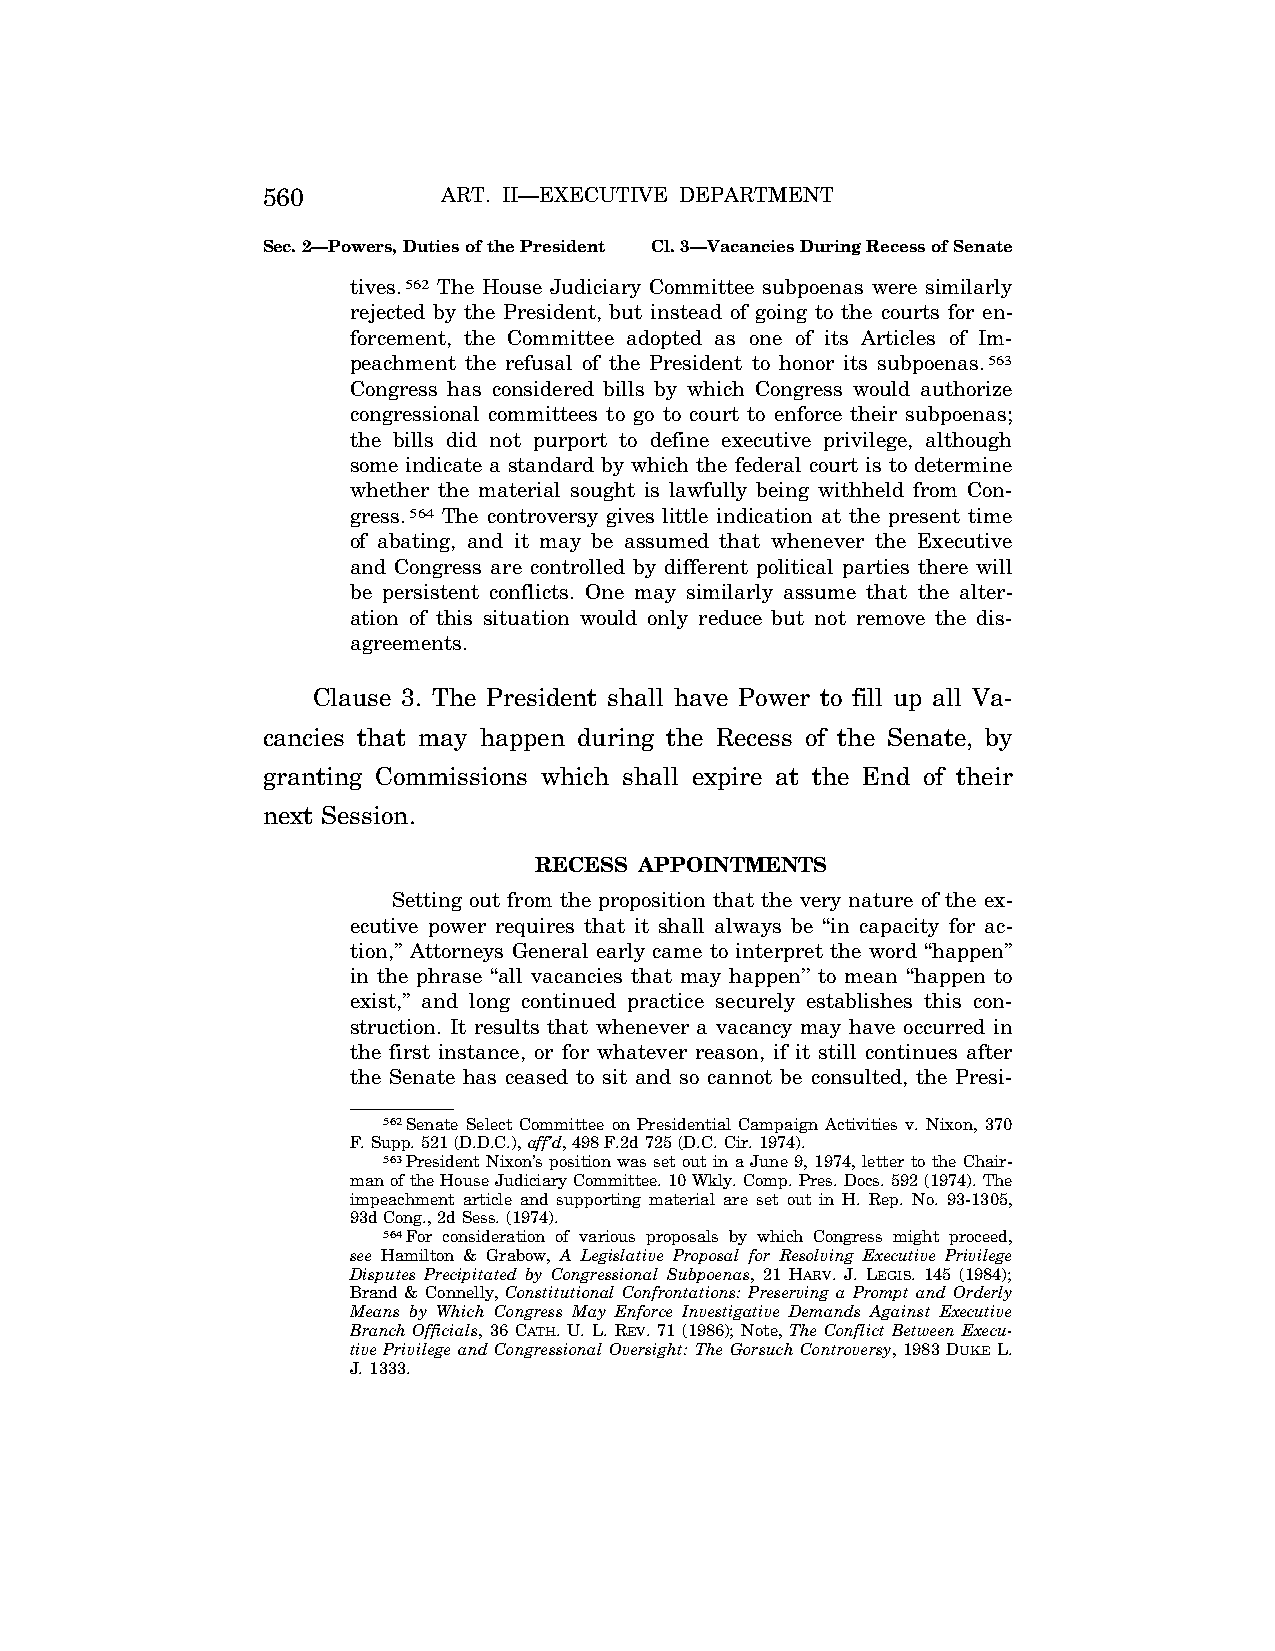
560         ART. II—EXECUTIVE DEPARTMENT
 Sec. 2—Powers, Duties of the President Cl. 3—Vacancies During Recess of Senate
 tives.562 The House Judiciary Committee subpoenas were similarly
 rejected by the President, but instead of going to the courts for en-
 forcement, the Committee adopted as one of its Articles of Im-
 peachment the refusal of the President to honor its subpoenas.563
 Congress has considered bills by which Congress would authorize
 congressional committees to go to court to enforce their subpoenas;
 the bills did not purport to define executive privilege, although
 some indicate a standard by which the federal court is to determine
 whether the material sought is lawfully being withheld from Con-
 gress.564 The controversy gives little indication at the present time
 of abating, and it may be assumed that whenever the Executive
 and Congress are controlled by different political parties there will
 be persistent conflicts. One may similarly assume that the alter-
 ation of this situation would only reduce but not remove the dis-
 agreements.
 Clause 3. The President shall have Power to fill up all Va-
 cancies that may happen during the Recess of the Senate, by
 granting Commissions which shall expire at the End of their
 next Session.
 RECESS APPOINTMENTS
 Setting out from the proposition that the very nature of the ex-
 ecutive power requires that it shall always be ‘‘in capacity for ac-
 tion,’’ Attorneys General early came to interpret the word ‘‘happen’’
 in the phrase ‘‘all vacancies that may happen’’ to mean ‘‘happen to
 exist,’’ and long continued practice securely establishes this con-
 struction. It results that whenever a vacancy may have occurred in
 the first instance, or for whatever reason, if it still continues after
 the Senate has ceased to sit and so cannot be consulted, the Presi-
 562Senate Select Committee on Presidential Campaign Activities v. Nixon, 370
 F. Supp. 521 (D.D.C.), aff’d, 498 F.2d 725 (D.C. Cir. 1974).
 563President Nixon’s position was set out in a June 9, 1974, letter to the Chair-
 man of the House Judiciary Committee. 10 Wkly. Comp. Pres. Docs. 592 (1974). The
 impeachment article and supporting material are set out in H. Rep. No. 93-1305,
 93d Cong., 2d Sess. (1974).
 564For consideration of various proposals by which Congress might proceed,
 see Hamilton & Grabow, A Legislative Proposal for Resolving Executive Privilege
 Disputes Precipitated by Congressional Subpoenas, 21 HARV. J. LEGIS. 145 (1984);
 Brand & Connelly, Constitutional Confrontations: Preserving a Prompt and Orderly
 Means by Which Congress May Enforce Investigative Demands Against Executive
 Branch Officials, 36 CATH. U. L. REV. 71 (1986); Note, The Conflict Between Execu-
 tive Privilege and Congressional Oversight: The Gorsuch Controversy, 1983 DUKE L.
 J. 1333.
 VerDate Aug<04>2004 13:21 Oct 06, 2004 Jkt 077500 PO 00000 Frm 00128 Fmt 8222 Sfmt 8222 C:\CONAN\CON011.SGM PRFM99 PsN: CON011